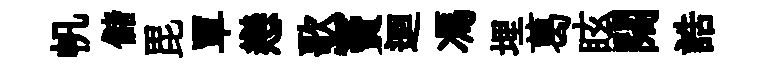
帆儲毘單戀歌竇迴馮埋葛眩闊誥